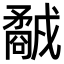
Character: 𥎕